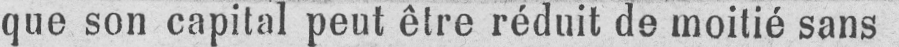
que son capital peut être réduit de moitié sans